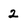
Character: 2